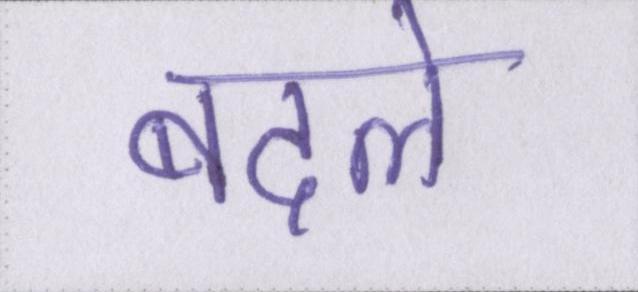
बदले